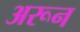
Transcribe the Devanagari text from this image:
अरून